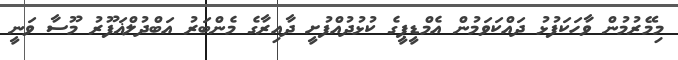
މިމޭރުމުން ވާހަކަފުޅު ދައްކަވަމުން އެމްޑީޕީގެ ކުޅުދުއްފުށީ ދާއިރާގެ މެންބަރު އަބްދުލްޣަފޫރު މޫސާ ވަނީ